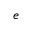
e